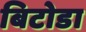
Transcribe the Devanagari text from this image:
बिटोडा